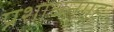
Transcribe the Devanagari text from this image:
प्रशाधनगृह